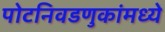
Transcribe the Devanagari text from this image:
पोटनिवडणुकांमध्ये